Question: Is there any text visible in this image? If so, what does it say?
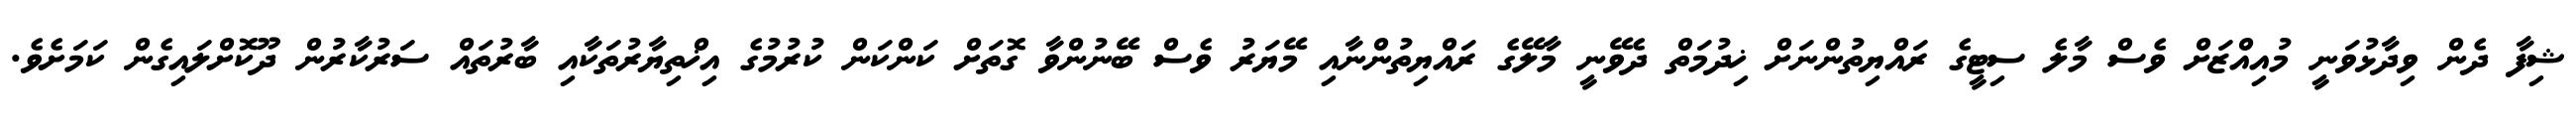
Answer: ޝިފާ ދެން ވިދާޅުވަނީ މުއިއްޒަށް ވެސް މާލެ ސިޓީގެ ރައްޔިތުންނަށް ޚިދުމަތް ދެވޭނީ މާލޭގެ ރައްޔިތުންނާއި މޭޔަރު ވެސް ބޭނުންވާ ގޮތަށް ކަންކަން ކުރުމުގެ އިޚްތިޔާރުތަކާއި ބާރުތައް ސަރުކާރުން ދޫކޮށްލައިގެން ކަމަށެވެ.